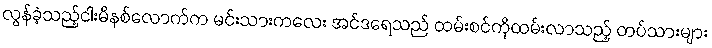
လွန်ခဲ့သည့်ငါးမိနစ်လောက်က မင်းသားကလေး အင်ဒရေသည် ထမ်းစင်ကိုထမ်းလာသည့် တပ်သားများ